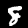
Digit: 8